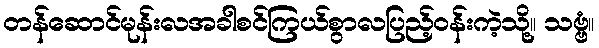
တန်ဆောင်မုန်းလအခါစင်ကြယ်စွာလပြည့်ဝန်းကဲ့သို့။ သဗ္ဗံ။